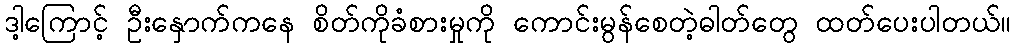
ဒါ့ကြောင့် ဦးနှောက်ကနေ စိတ်ကိုခံစားမှုကို ကောင်းမွန်စေတဲ့ဓါတ်တွေ ထတ်ပေးပါတယ်။